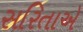
સરિતાએ